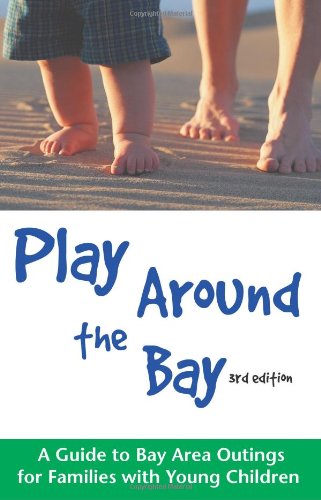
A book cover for Play Around the Bay: A Guide to Bay Area Outings for Families with Young Children; SFMOTC - San Francisco Mothers of Twins Club; Travel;